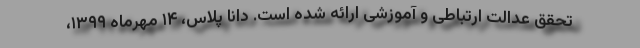
تحقق عدالت ارتباطی و آموزشی ارائه شده است. دانا پلاس، ۱۴ مهرماه ۱۳۹۹،